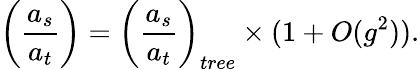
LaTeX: \biggl({\frac{a_{s}}{a_{t}}}\biggr)=\biggl({\frac{a_{s}}{a_{t}}}\biggr)_{tree}\times(1+O(g^{2})).